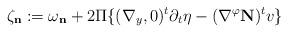
LaTeX: \begin{align*}\zeta_\mathbf{n}:=\omega_\mathbf{n}+2\Pi\{(\nabla_y,0)^t\partial_t\eta-(\nabla^\varphi\mathbf{N})^tv\}\end{align*}